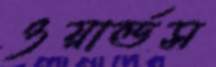
ওয়ার্ল্ডস